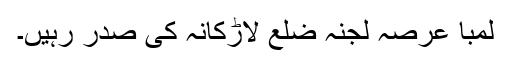
لمبا عرصہ لجنہ ضلع لاڑکانہ کی صدر رہیں۔